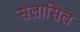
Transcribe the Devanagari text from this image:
सलासिल